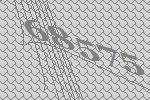
68575